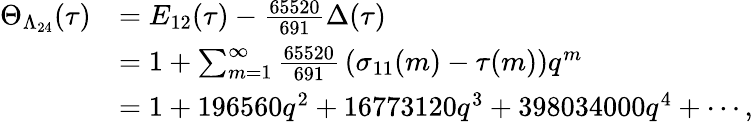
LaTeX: {\begin{array}{rl}{\Theta_{\Lambda_{24}}(\tau)}&{=E_{12}(\tau)-{\frac{65520}{691}}\Delta(\tau)}\\ &{=1+\sum_{m=1}^{\infty}{\frac{65520}{691}}\left(\sigma_{11}(m)-\tau(m)\right)q^{m}}\\ &{=1+196560q^{2}+16773120q^{3}+398034000q^{4}+\cdots,}\end{array}}